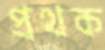
প্রথক